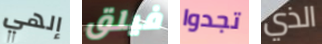
إلهي فيلق تجدوا الذي